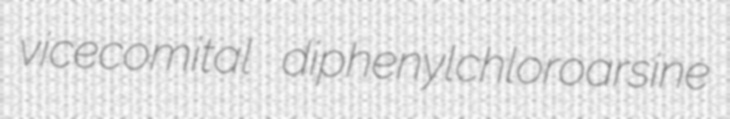
vicecomital diphenylchloroarsine